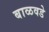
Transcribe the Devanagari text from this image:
बाळवडे